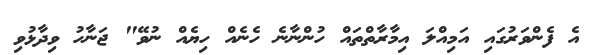
އެ ފެންވަރުގައި އަމިއްލަ އިމާރާތްތައް ހުންނާނެ ހެނެއް ހިޔެއް ނުވޭ" ޖަނާހު ވިދާޅުވި